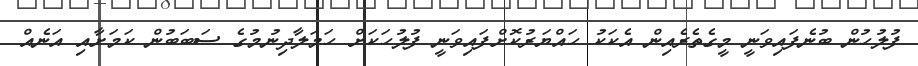
ފުލުހުން ބުނެފައިވަނީ މީގެތެރެއިން އެކަކު ހައްޔަރުކޮށްފައިވަނީ ފުލުހަކަށް ހަމަލާދިނުމުގެ ސަބަބުން ކަމަށާއި އަނެއް